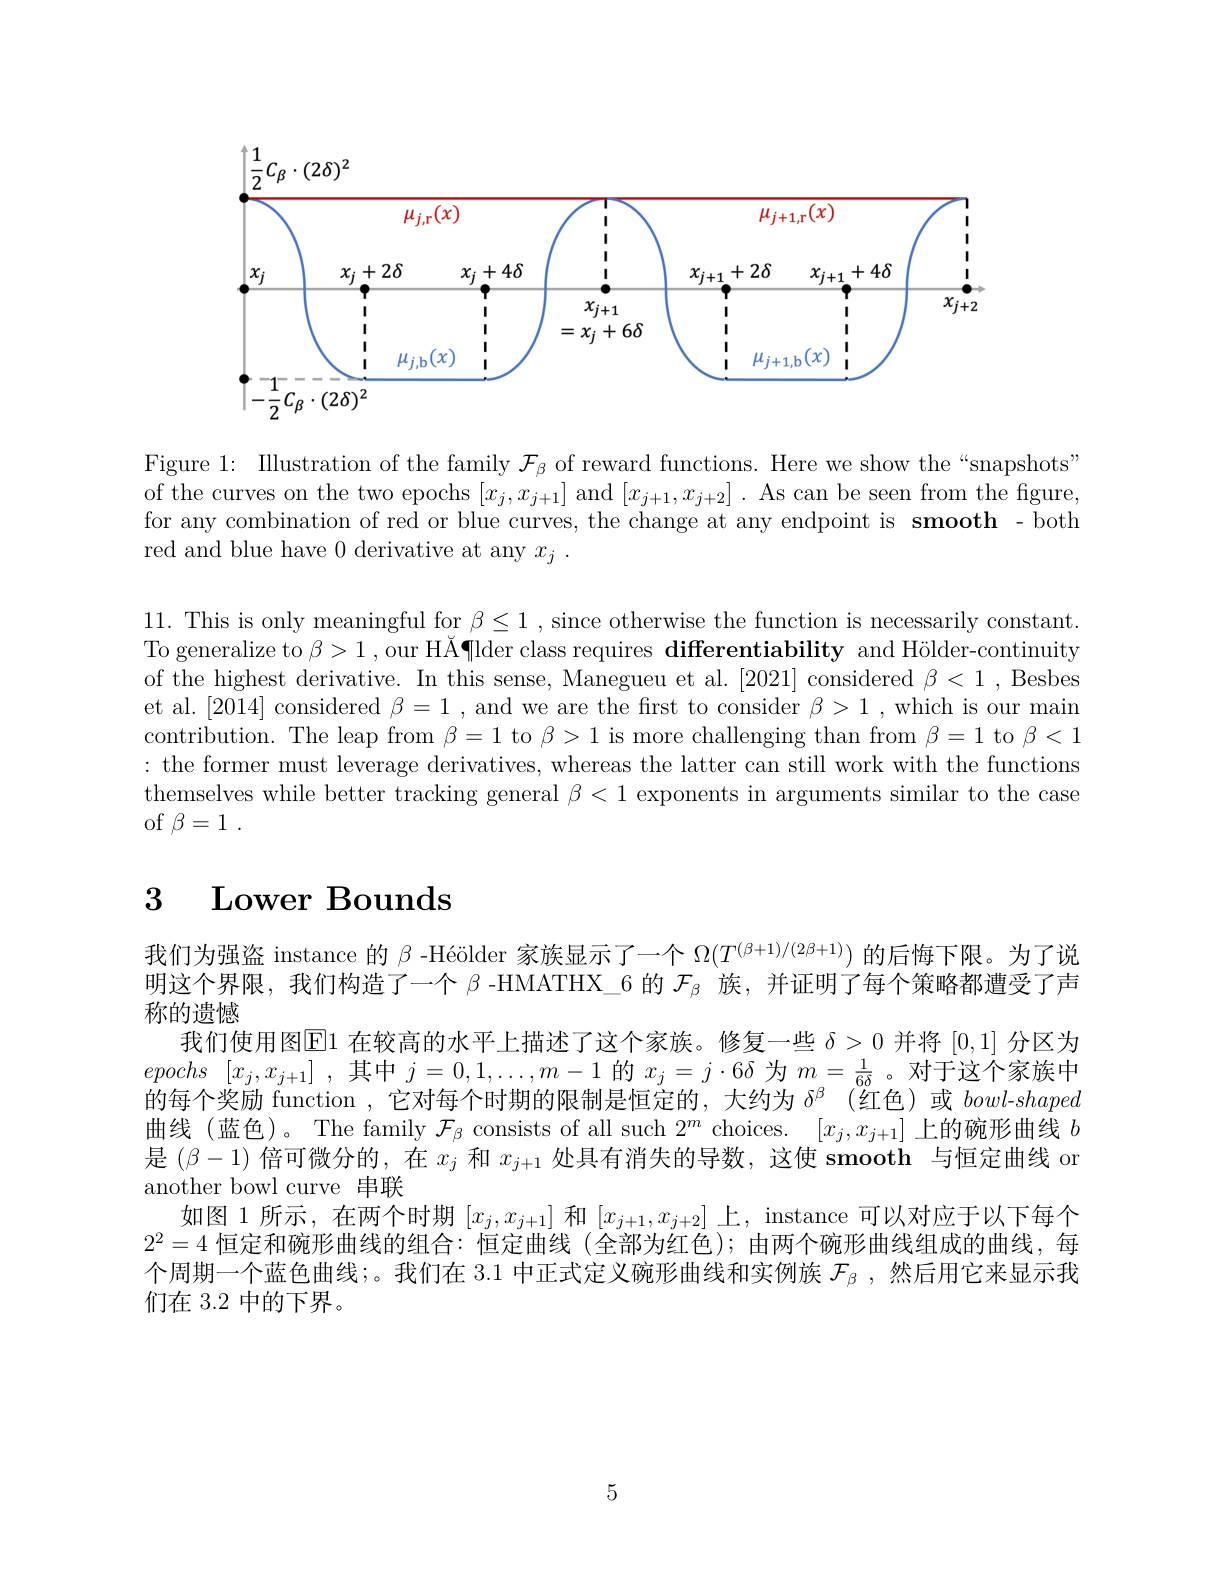
1

<FigureHere>

Figure 1: Illustration of the family $\mathcal{F}_\beta$ of reward functions. Here we show the “snapshots” of the curves on the two epochs $[x_j,x_{j+1}]$ and $[x_{j+1},x_{j+2}].$ As can be seen from the figure, for any combination of red or blue curves, the change at any endpoint is smooth - both red and blue have 0 derivative at any $x_j.$

11. This is only meaningful for $\beta\leq1$, since otherwise the function is necessarily constant. To generalize to $\beta>1$ , our HÅ¶der class requires differentiability and Hölder-continuity of the highest derivative. In this sense, Manegueu et al. [2021] considered $\beta<1$ , Besbes et al.[2014] considered $\beta=1$, and we are the first to consider $\beta>1$, which is our main contribution. The leap from $\beta=1$ to $\beta>1$ is more challenging than from $\beta=1$ to $\beta<1$ : the former must leverage derivatives, whereas the latter can still work with the functions themselves while better tracking general $\beta<1$ exponents in arguments similar to the case of $\beta = 1$ .

# 3 Lower Bounds

我们为强盗 instance 的$\beta$ -Héölder 家族显示了一个$\Omega(T^{(\beta+1)/(2\beta+1)})$的后悔下限。为了说明这个界限，我们构造了一个$\beta$ -HMATHX\_6 的$\mathcal{F}_\mathrm{\beta}$族，并证明了每个策略都遭受了声称的遗憾
我们使用图$\overline{\mathrm{E}}$1 在较高的水平上描述了这个家族。修复一些$\delta>0$并将[0,1]分区为epochs $[ x_j, x_{j+ 1}]$ ,其中$j=0,1,\ldots,m-1$的$x_j=j\cdot6\delta$为$m=\frac1{6\delta}$ 。对于这个家族中的每个奖励 function , 它对每个时期的限制是恒定的，大约为$\delta^\beta$ (红色)或bowl-shaped 曲线(蓝色)。The family $\mathcal{F}_\beta$ consists of all such $2^m$ choices. $[x_j,x_j+1]$上的碗形曲线$b$ 是$(\beta-1)$倍可微分的，在$x_j$和$x_{j+1}$处具有消失的导数，这使 smooth 与恒定曲线 or another bowl curve 串联
如图 1 所示，在两个时期$[x_j,x_{j+1}]$和$[x_{j+1},x_{j+2}]$上，instance 可以对应于以下每个$2^2=4$恒定和碗形曲线的组合：恒定曲线 (全部为红色);由两个碗形曲线组成的曲线，每个周期一个蓝色曲线；。我们在 3.1 中正式定义碗形曲线和实例族$\mathcal{F}_\beta$ ,然后用它来显示我们在 3.2 中的下界。